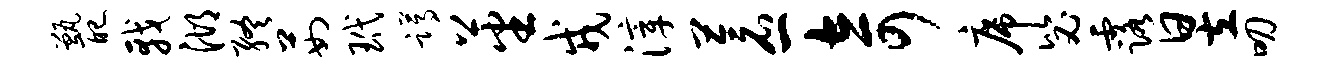
甑配戟湖终茹玳蹲蕃戎滓苍一奇席毖露昱叨